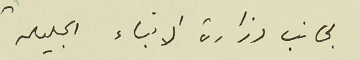
لجانب وزارة الانباء الجليلة